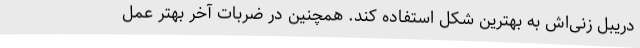
دریبل زنی‌اش به بهترین شکل استفاده کند. همچنین در ضربات آخر بهتر عمل